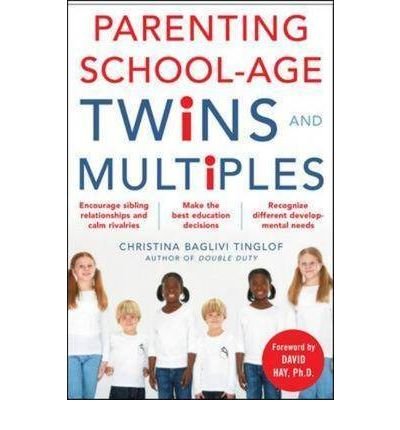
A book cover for Parenting School-age Twins and Multiples (Paperback) - Common; By (author) Christina Baglivi Tinglof; Parenting & Relationships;